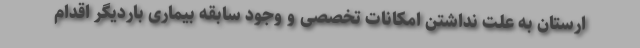
ارستان به علت نداشتن امکانات تخصصی و وجود سابقه بیماری باردیگر اقدام